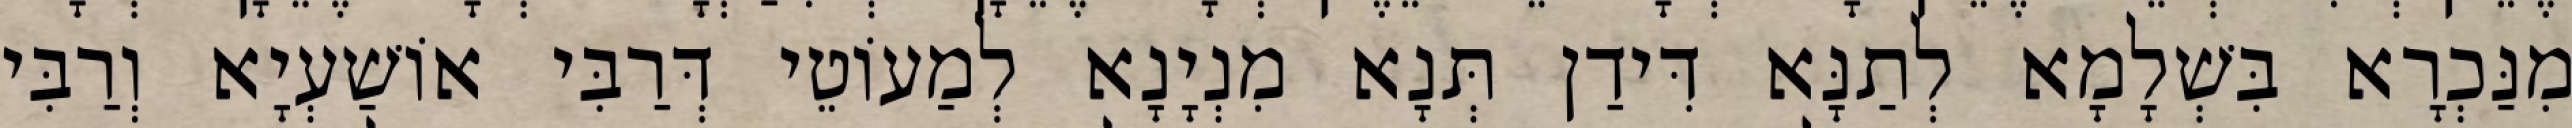
מִנַּכְרָא בִּשְׁלָמָא לְתַנָּא דִּידַן תְּנָא מִנְיָנָא לְמַעוֹטֵי דְּרַבִּי אוֹשַׁעְיָא וְרַבִּי